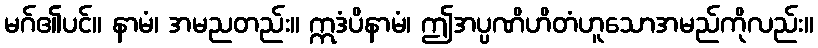
မဂ်၏ပင်။ နာမံ၊ အမညတည်း။ ဣဒံပိနာမံ၊ ဤအပ္ပဏိဟိတံဟူသောအမည်ကိုလည်း။